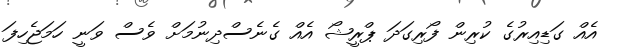
އެއް ގަޑިއިރުގެ ކުރިން ފޯރިގަދަ ޕްރީޝޯ އެއް ގެނެސްދިނުމަށް ވެސް ވަނީ ހަމަޖެހިފަ